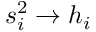
s _ { i } ^ { 2 } \to h _ { i }